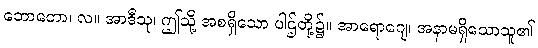
ဘောတော၊ လ။ အာဒီသု၊ ဤသို့ အစရှိသော ပါဌ်တို့၌။ အာရောဂျေ၊ အနာမရှိသောသူ၏